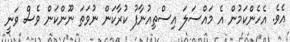
އެވެ. އެހެންކަމުން އެ މައްސަލަ އިސްތިއުނާފު ކުރާކަން ނުވަތަ ނޫންކަން ވެސް ވަނީ